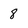
Character: 8